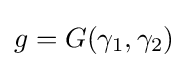
g=G(\gamma _{1},\gamma _{2})